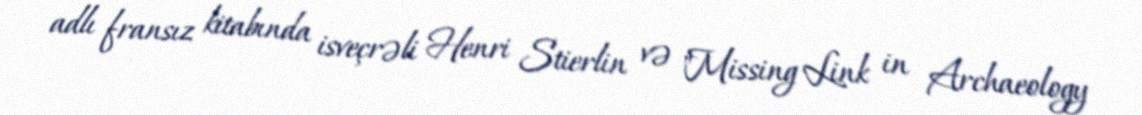
adlı fransız kitabında isveçrəli Henri Stierlin və "Missing Link in Archaeology